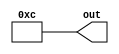
/* Generated by Yosys 0.9+2406 (git sha1 a66200ed, clang 10.0.0 -fPIC -Os) */

module ssa_rhs(out);
  wire \0d1 ;
  wire [1:0] \0d2 ;
  wire [1:0] \0d3 ;
  wire [2:0] \0d4 ;
  wire [2:0] A_0;
  wire [3:0] A_1;
  wire [3:0] A_2;
  wire [3:0] A_3;
  wire [3:0] A_4;
  wire [3:0] A_5;
  wire ___b_0;
  output [3:0] out;
  assign A_1 = \0d4  + A_0;
  assign ___b_0 = A_0 == A_1;
  assign A_2 = \0d1  + A_1;
  assign A_3 = \0d2  + A_2;
  assign A_4 = \0d3  + A_1;
  assign A_5 = ___b_0 ? A_3 : A_4;
  assign A_0 = 3'h5;
  assign \0d4  = 3'h4;
  assign \0d1  = 1'h1;
  assign \0d2  = 2'h2;
  assign \0d3  = 2'h3;
  assign out = A_5;
endmodule